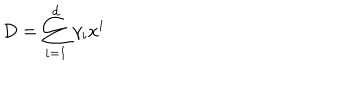
D = \sum _ { i = 1 } ^ { d } \gamma _ { i } x ^ { i }